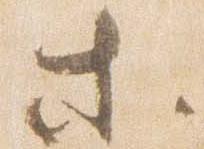
等